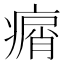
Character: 𤸮